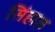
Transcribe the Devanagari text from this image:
सिंहाल